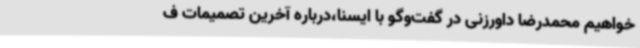
خواهیم محمدرضا داورزنی در گفت‌وگو با ایسنا،درباره آخرین تصمیمات ف